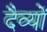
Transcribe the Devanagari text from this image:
दैव्यों